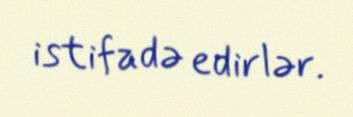
istifadə edirlər.